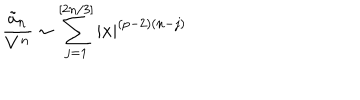
LaTeX: \frac { \tilde { a } _ { n } } { V ^ { n } } \sim \sum _ { j = 1 } ^ { [ 2 n / 3 ] } | x | ^ { ( p - 2 ) ( n - j ) }